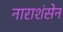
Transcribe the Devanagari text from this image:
नाराशंसेन